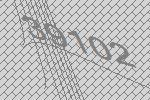
39102